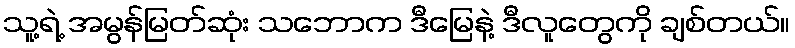
သူ့ရဲ့ အမွန်မြတ်ဆုံး သဘောက ဒီမြေနဲ့ ဒီလူတွေကို ချစ်တယ်။